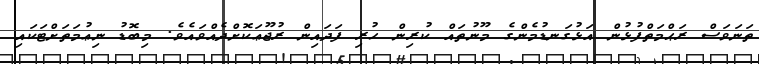
ތަނަވަސް ރަޙްމަތްފުޅުން އަޅުގަނޑުމެންގެ މޫނުތައް ކުރިން ހުރި ފަދައިން ރުޖޫޢަކޮށްދެއްވައެވެ. މިބޮޑު ނިޢުމަތަށްޓަކައި